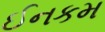
ઈનકમ